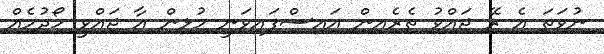
ނުވަތަ އެ ރޭ ޖައްވު ތެރެއިން އައިސްފައިވަނީ މުޅިން އާ ޖައްވީ ހޯދުމެއް